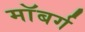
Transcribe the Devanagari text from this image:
माॅबर्ग